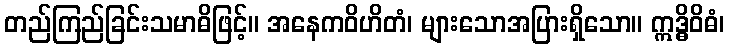
တည်ကြည်ခြင်းသမာဓိဖြင့်။ အနေကဝိဟိတံ၊ များသောအပြားရှိသော။ ဣဒ္ဓိဝိဓံ၊